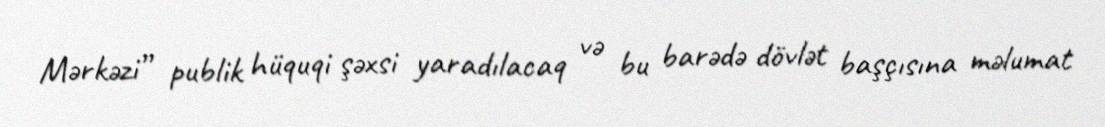
Mərkəzi” publik hüquqi şəxsi yaradılacaq və bu barədə dövlət başçısına məlumat